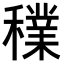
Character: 𥣈